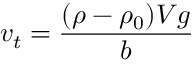
\mathbf { } v _ { t } = { \frac { ( \rho - \rho _ { 0 } ) V g } { b } }